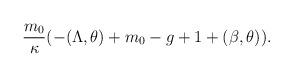
LaTeX: \begin{align*}\frac{m_0}{\kappa}(-(\Lambda,\theta)+m_0-g+1+(\beta,\theta)).\end{align*}